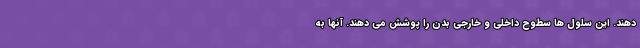
دهند. این سلول ها سطوح داخلی و خارجی بدن را پوشش می دهند. آنها به